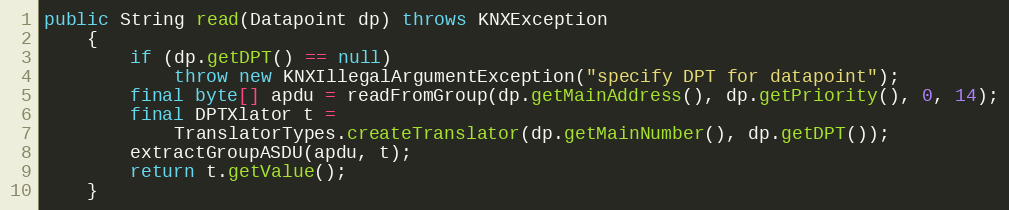
Language: Java
public String read(Datapoint dp) throws KNXException
	{
		if (dp.getDPT() == null)
			throw new KNXIllegalArgumentException("specify DPT for datapoint");
		final byte[] apdu = readFromGroup(dp.getMainAddress(), dp.getPriority(), 0, 14);
		final DPTXlator t =
			TranslatorTypes.createTranslator(dp.getMainNumber(), dp.getDPT());
		extractGroupASDU(apdu, t);
		return t.getValue();
	}